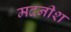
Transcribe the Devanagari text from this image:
मदनीश